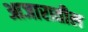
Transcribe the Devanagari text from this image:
आजारातील